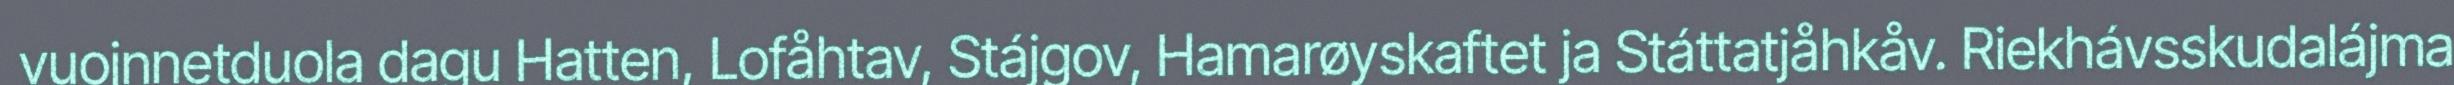
vuojnnetduola dagu Hatten, Lofåhtav, Stájgov, Hamarøyskaftet ja Státtatjåhkåv. Riekhávsskudalájma